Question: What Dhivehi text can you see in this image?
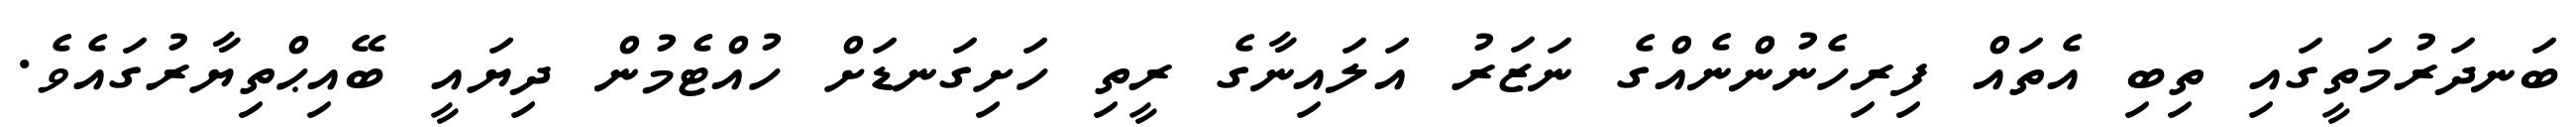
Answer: ބަނދަރުމަތީގައި ތިބި އެތައް ފިރިހެނުންނެއްގެ ނަޒަރު އަލައިނާގެ ރީތި ހަށިގަނޑަށް ހުއްޓެމުން ދިޔައީ ބޭއިޙްތިޔާރުގައެވެ.